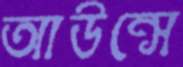
আউন্সে